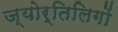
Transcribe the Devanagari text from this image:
ज्योर्तिलिगों